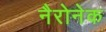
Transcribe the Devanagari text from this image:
नैरोनेक